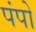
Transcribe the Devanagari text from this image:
पंपो